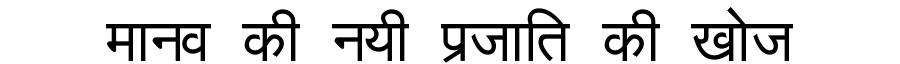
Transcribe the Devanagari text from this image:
मानव की नयी प्रजाति की खोज